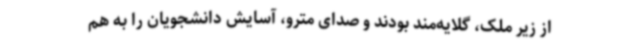
از زیر ملک، گلایه‌مند بودند و صدای مترو، آسایش دانشجویان را به هم